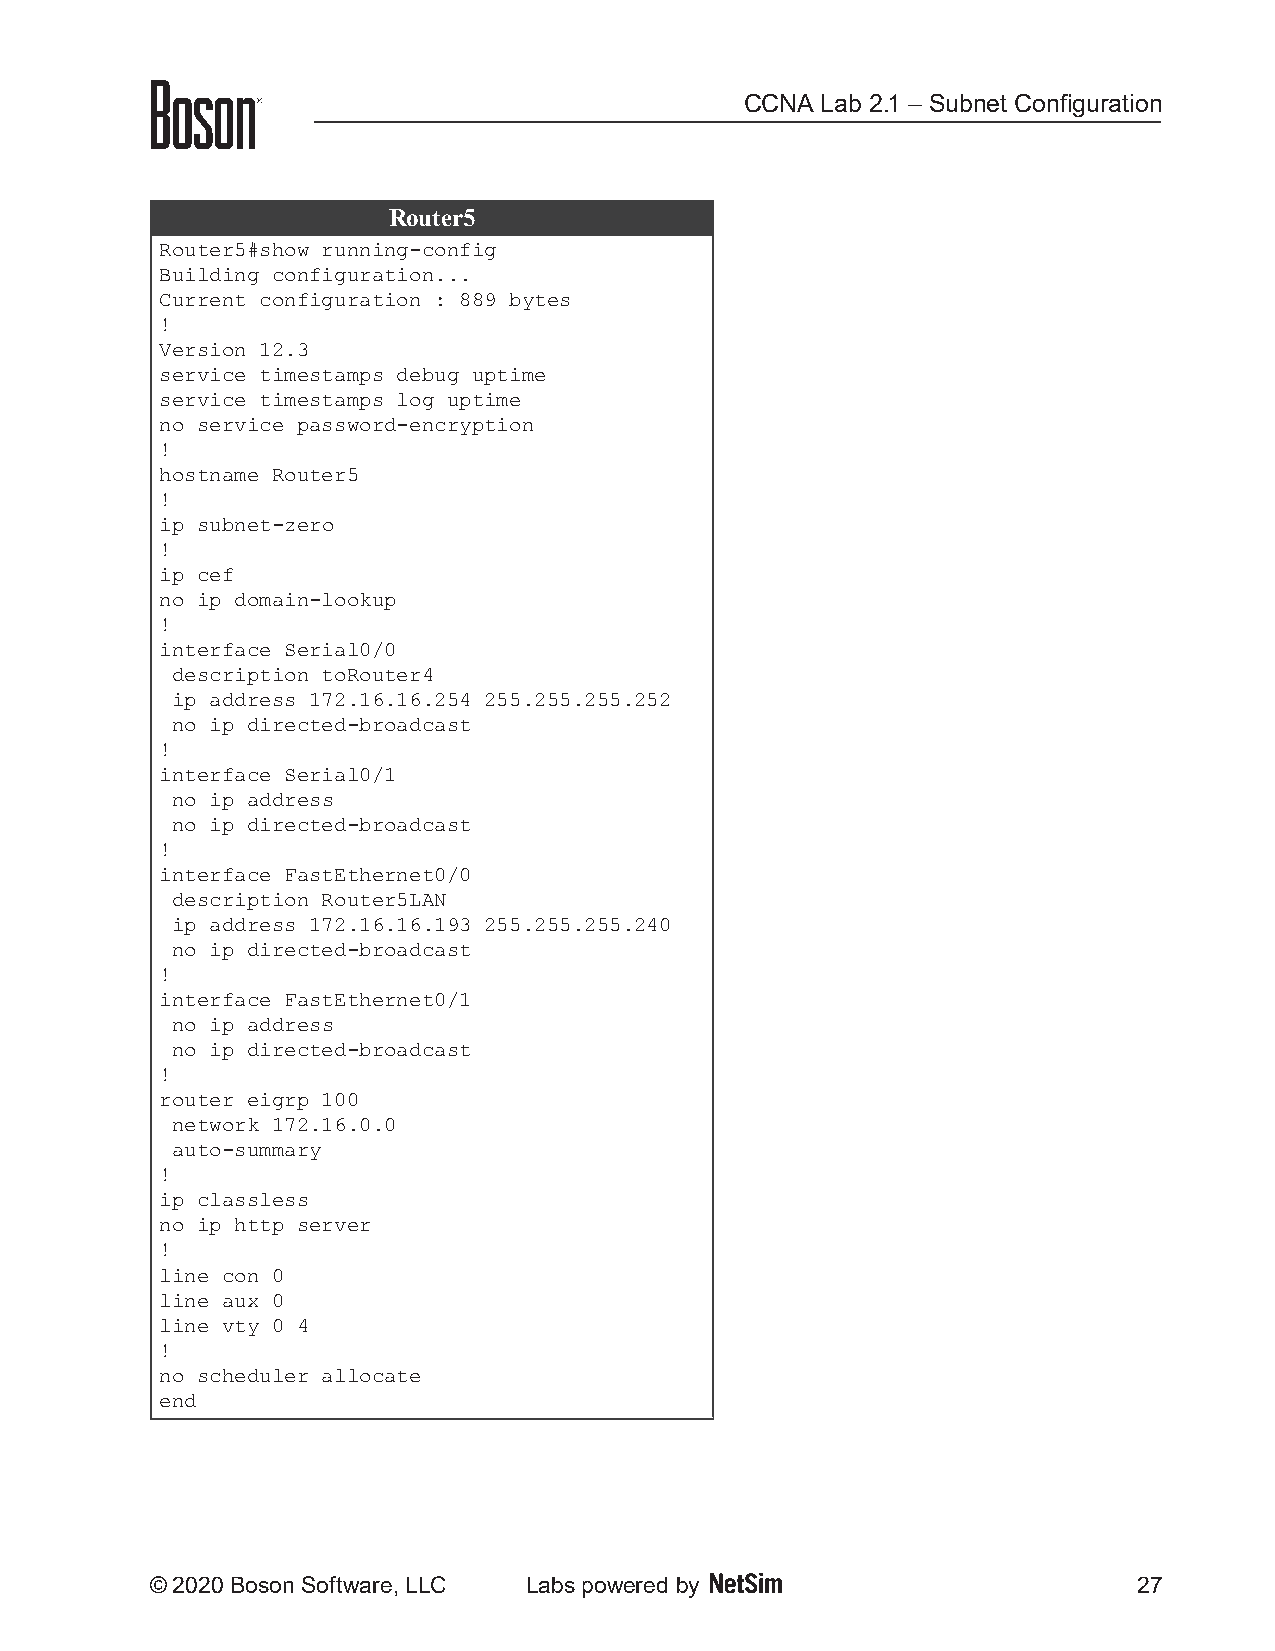
CCNA Lab 2.1 – Subnet Configuration
 Router5
 Router5#show running-config
 Building configuration...
 Current configuration : 889 bytes
 !
 Version 12.3
 service timestamps debug uptime
 service timestamps log uptime
 no service password-encryption
 !
 hostname Router5
 !
 ip subnet-zero
 !
 ip cef
 no ip domain-lookup
 !
 interface Serial0/0
 description toRouter4
 ip address 172.16.16.254 255.255.255.252
 no ip directed-broadcast
 !
 interface Serial0/1
 no ip address
 no ip directed-broadcast
 !
 interface FastEthernet0/0
 description Router5LAN
 ip address 172.16.16.193 255.255.255.240
 no ip directed-broadcast
 !
 interface FastEthernet0/1
 no ip address
 no ip directed-broadcast
 !
 router eigrp 100
 network 172.16.0.0
 auto-summary
 !
 ip classless
 no ip http server
 !
 line con 0
 line aux 0
 line vty 0 4
 !
 no scheduler allocate
 end
 © 2020 Boson Software, LLC Labs powered by                       27